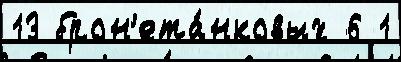
13 брон'ета́нковых 6 1